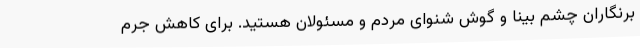
برنگاران چشم بینا و گوش شنوای مردم و مسئولان هستید. برای کاهش جرم